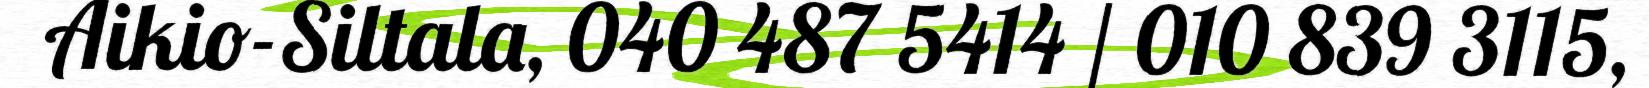
Aikio-Siltala, 040 487 5414 / 010 839 3115,